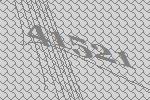
41521